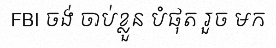
FBI ចង់ ចាប់ខ្លួន បំផុត រួច មក